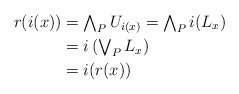
\begin{align*}r(i(x)) &=\textstyle \bigwedge_P U_{i(x)}=\bigwedge_P i(L_{x}) \\ &=\textstyle i\left(\bigvee_P L_x \right) \\ &= i(r(x)) \end{align*}